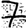
Digit: 7